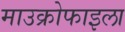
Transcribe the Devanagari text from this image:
माउक्रोफाइला